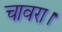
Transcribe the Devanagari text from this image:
चावरा।